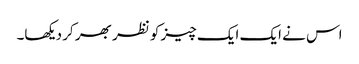
اس نے ایک ایک چیز کو نظر بھر کر دیکھا۔